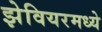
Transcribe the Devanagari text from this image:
झेवियरमध्ये